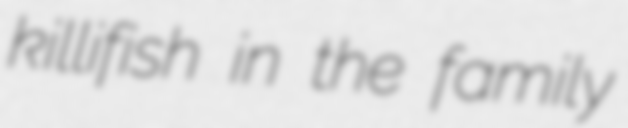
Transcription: killifish in the family